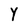
Character: Y